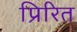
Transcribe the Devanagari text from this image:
प्रिरित